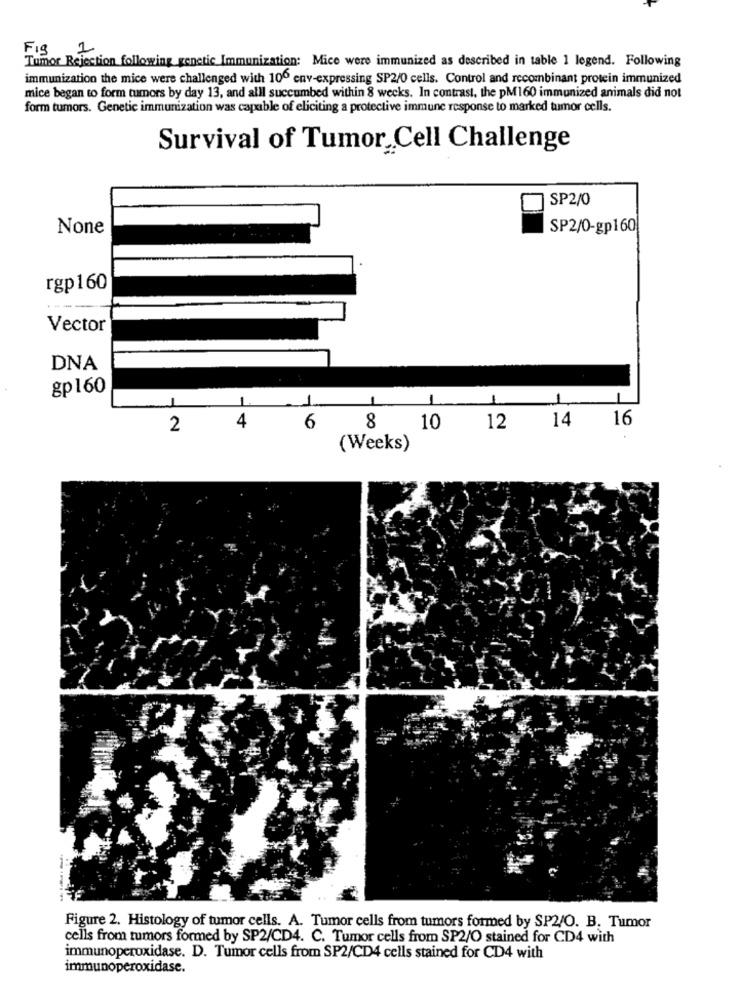
FIS 1
Tumor Rejection following genetic Immunization: Mice were immunized as described in table 1 legend. Following
immunization the mice were challenged with 100 env-expressing SP2/0 cells. Control and recombinant protein immunized
mice began to form tumors by day 13, and alll succumbed within 8 weeks. In contrast, the pM160 immunized animals did not
form tumors. Genetic immunization was capable of eliciting a protective immune response to marked tumor cells.
Survival of Tumor Cell Challenge
SP2/0
SP2/0-gp160
rgp160
Vector
DNA
gp160
1
1
1
1
4
16
2
6
8
10
12
14
(Weeks)
Figure 2. Histology of tumor cells. A. Tumor cells from tumors formed by SP2/O. B. Tumor
cells from tumors formed by SP2/CD4. C. Tumor cells from SP2/O stained for CD4 with
immunoperoxidase. D. Tumor cells from SP2/CD4 cells stained for CD4 with
immunoperoxidase.